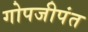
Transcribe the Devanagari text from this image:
गोपजीपंत